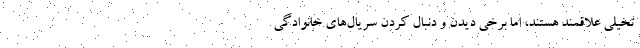
تخیلی علاقمند هستند، اما برخی دیدن و دنبال کردن سریال‌های خانوادگی